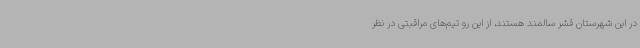
در این شهرستان قشر سالمند هستند، از این رو تیم‌های مراقبتی در نظر